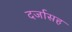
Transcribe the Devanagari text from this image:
दर्जासह